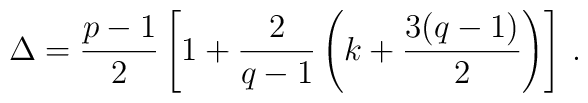
\Delta ={ p-1 \over 2} \left[1 + {2 \over q-1} \left(k + {3(q-1) \over 2} \right) \right] \,.